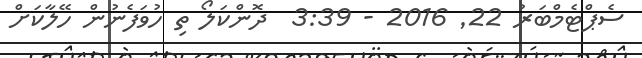
ސެޕްޓެމްބަރު 22